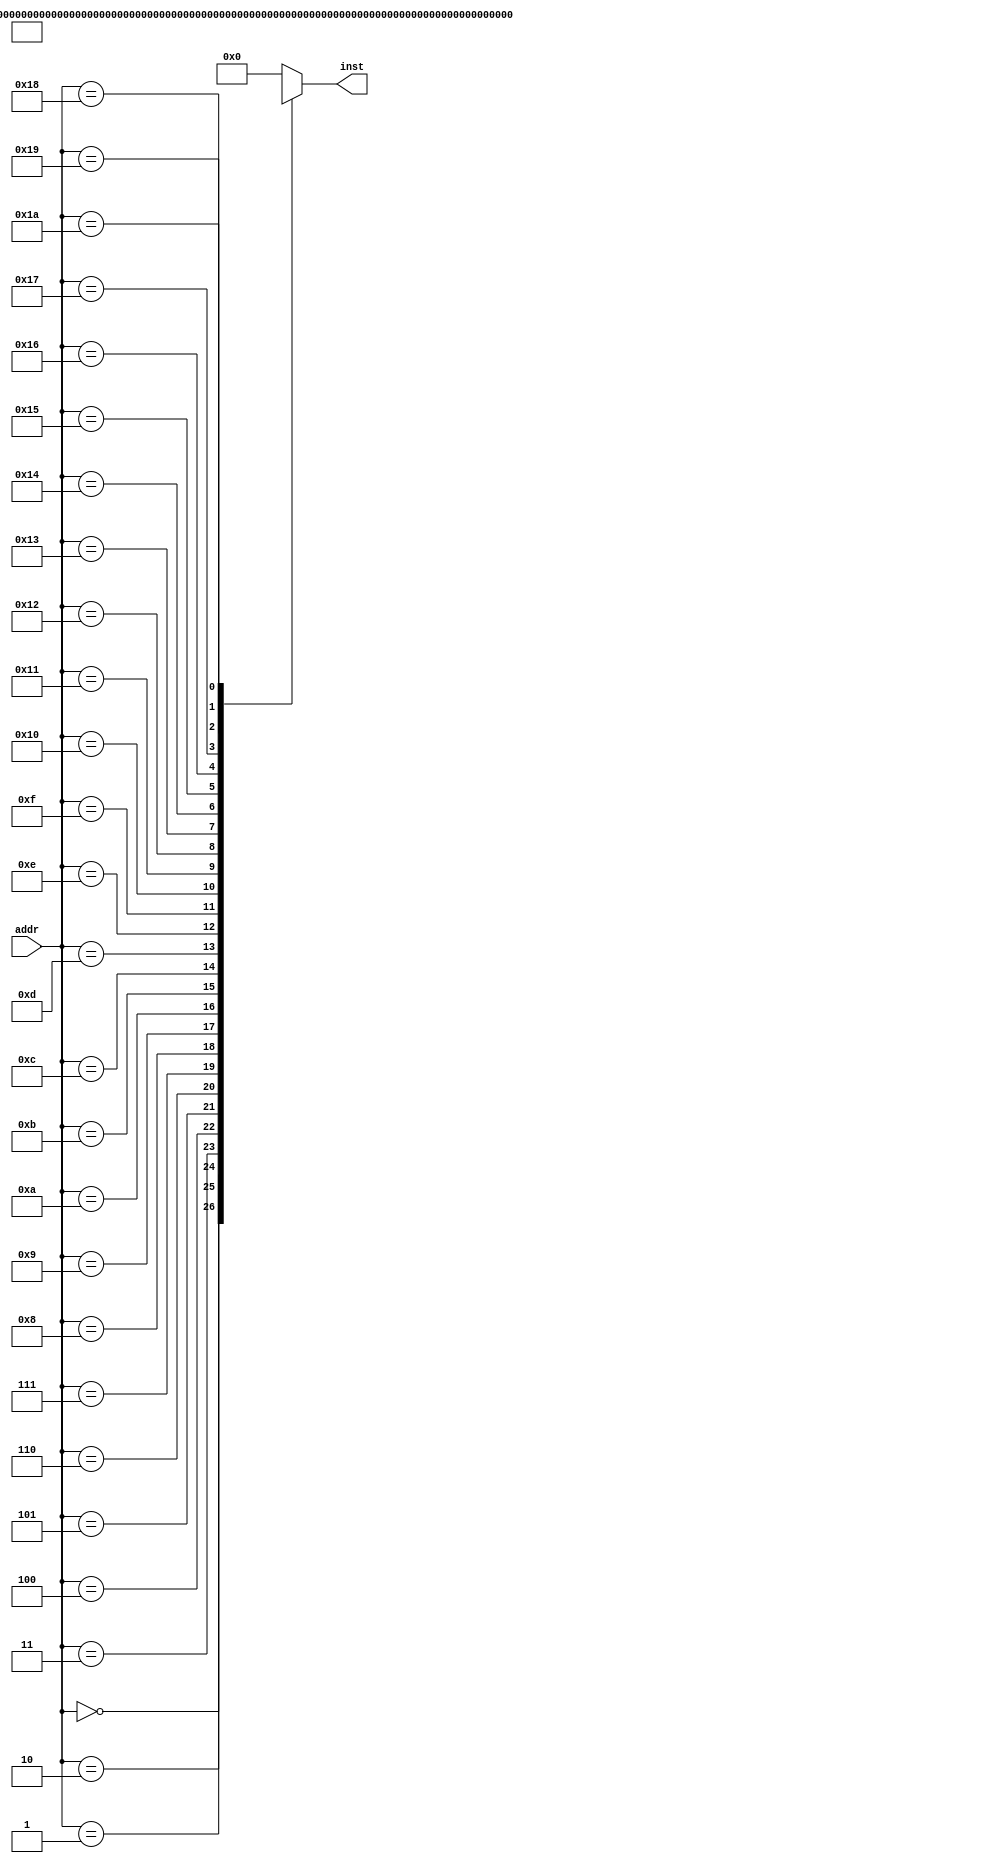
`timescale 1ns / 1ps
//*************************************************************************
//   > : inst_rom.v
//   >   
//   >         
//   >   : LOONGSON
//   >   : 2016-04-14
//*************************************************************************
module inst_rom(
    input      [4 :0] addr, // 
    output reg [31:0] inst       // 
    );

    wire [31:0] inst_rom[26:0];  // 7'b000_0000~7'b111_1111
    //-------------  ---------||---  -----|-  -----//
//    assign inst_rom[ 0] = 32'h00000821; // 00H: addu  $1 ,$0,$0   | $1 = 0000_0000H
//    assign inst_rom[ 1] = 32'h24210002; // 04H: addiu $1 ,$1,#2   | $1 = 0000_0010H
//    assign inst_rom[ 2] = 32'h24210004; // 08H: addiu $1 ,$1,#4   | $1 = 0000_0110H
//    assign inst_rom[ 3] = 32'h24210006; // 0CH: addiu $1 ,$1,#6   | $1 = 12
//    assign inst_rom[ 4] = 32'h24210008; // 10H: addiu $1 ,$1,#8   | $1 = 20
//    assign inst_rom[ 5] = 32'h2421000A; // 14H: addiu $1 ,$1,#10   | $1 = 30
//    assign inst_rom[ 6] = 32'h2421000C; // 18H: addiu $1 ,$1,#12   | $1 = 42
//    assign inst_rom[ 7] = 32'h2421000E; // 1CH: addiu $1 ,$1,#14   | $1 = 56
//    assign inst_rom[ 8] = 32'h24210010; // 20H: addiu $1 ,$1,#16   | $1 = 72
//    assign inst_rom[ 9] = 32'h24210012; // 24H: addiu $1 ,$1,#18   | $1 = 90
//    assign inst_rom[10] = 32'h24210014; // 28H: addiu $1 ,$1,#20   | $1 = 110
//    assign inst_rom[11] = 32'h24210016; // 2CH: addiu $1 ,$1,#22   | $1 = 132
//    assign inst_rom[12] = 32'h24210018; // 30H: addiu $1 ,$1,#24   | $1 = 156
//    assign inst_rom[13] = 32'h2421001A; // 34H: addiu $1 ,$1,#26   | $1 = 182
//    assign inst_rom[14] = 32'h2421001C; // 38H: addiu $1 ,$1,#28   | $1 = 210
//    assign inst_rom[15] = 32'h2421001E; // 3CH: addiu $1 ,$1,#30   | $1 = 240
//    assign inst_rom[16] = 32'h24210020; // 40H: addiu $1 ,$1,#32   | $1 = 272
//    assign inst_rom[17] = 32'h24210022; // 44H: addiu $1 ,$1,#34   | $1 = 306
//    assign inst_rom[18] = 32'h24210024; // 48H: addiu $1 ,$1,#36   | $1 = 342
//    assign inst_rom[19] = 32'h24210026; // 30H: addiu $1 ,$1,#38   | $1 = 380
//    assign inst_rom[20] = 32'h24210028; // 34H: addiu $1 ,$1,#40   | $1 = 420
//    assign inst_rom[21] = 32'h2421002A; // 38H: addiu $1 ,$1,#42   | $1 = 462
//    assign inst_rom[22] = 32'h2421002C; // 3CH: addiu $1 ,$1,#44   | $1 = 506
//    assign inst_rom[23] = 32'h2421002E; // 40H: addiu $1 ,$1,#46   | $1 = 552
//    assign inst_rom[24] = 32'h24210030; // 44H: addiu $1 ,$1,#48   | $1 = 600
//    assign inst_rom[25] = 32'h24210032; // 48H: addiu $1 ,$1,#50   | $1 = 650
    assign inst_rom[ 0] = 32'h24010001; // 00H: addiu $1, $0, #1  | [$1] = 1H
    assign inst_rom[ 1] = 32'h00011100; // 04H: sll   $2, $1, #4  | [$2] = 10H
    assign inst_rom[ 2] = 32'h00411821; // 08H:[$3] = 0000_0011H
    assign inst_rom[ 3] = 32'h00022082; // 0CH:[$4] = 0000_0004H
    assign inst_rom[ 4] = 32'h00642823; // 10H:[$5] = 0000_000DH
    assign inst_rom[ 5] = 32'hAC250013; // 14H:Mem[0000_0014H] =0000_000DH
    assign inst_rom[ 6] = 32'h00A23027; // 18H:[$6] = FFFF_FFE2H
    assign inst_rom[ 7] = 32'h00C33825; // 1CH:[$7] = FFFF_FFF3H
    assign inst_rom[ 8] = 32'h00E64026; // 20H:[$8] = 0000_0011H
    assign inst_rom[ 9] = 32'hAC08001C; // 24H:Mem[0000_001CH] =0000_0011H
    assign inst_rom[10] = 32'h00C7482A; // 28H:[$9] = 0000_0001H
    assign inst_rom[11] = 32'h11210002; // 2CH:34H
    assign inst_rom[12] = 32'h24010004; // 30H:
    assign inst_rom[13] = 32'h8C2A0013; // 34H:[$10] = 0000_000DH
    assign inst_rom[14] = 32'h15450003; // 38H:
    assign inst_rom[15] = 32'h00415824; // 3CH:[$11] = 0000_0000H
    assign inst_rom[16] = 32'hAC0B001C; // 40H:Men[0000_001CH] =0000_0000H
    assign inst_rom[17] = 32'hAC040010; // 44H:Mem[0000_0010H] =0000_0004H
    assign inst_rom[18] = 32'h3C0C000C; // 48H:[$12] = 000C_0000H
    assign inst_rom[19] = 32'h08000000; // 4CH:00H
//    assign inst_rom[26] = 32'h08000000; // 4CH: j     00H         | 00H

    //,4
    always @(*)
    begin
        case (addr)
            5'd0 : inst <= inst_rom[0 ];
            5'd1 : inst <= inst_rom[1 ];
            5'd2 : inst <= inst_rom[2 ];
            5'd3 : inst <= inst_rom[3 ];
            5'd4 : inst <= inst_rom[4 ];
            5'd5 : inst <= inst_rom[5 ];
            5'd6 : inst <= inst_rom[6 ];
            5'd7 : inst <= inst_rom[7 ];
            5'd8 : inst <= inst_rom[8 ];
            5'd9 : inst <= inst_rom[9 ];
            5'd10: inst <= inst_rom[10];
            5'd11: inst <= inst_rom[11];
            5'd12: inst <= inst_rom[12];
            5'd13: inst <= inst_rom[13];
            5'd14: inst <= inst_rom[14];
            5'd15: inst <= inst_rom[15];
            5'd16: inst <= inst_rom[16];
            5'd17: inst <= inst_rom[17];
            5'd18: inst <= inst_rom[18];
            5'd19: inst <= inst_rom[19];
            5'd20: inst <= inst_rom[20];
            5'd21: inst <= inst_rom[21];
            5'd22: inst <= inst_rom[22];
            5'd23: inst <= inst_rom[23];
            5'd24: inst <= inst_rom[24];
            5'd25: inst <= inst_rom[25];
            5'd26: inst <= inst_rom[26];
            default: inst <= 32'd0;
        endcase
    end
endmodule